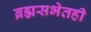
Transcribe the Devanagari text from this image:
ब्रह्मसभेतही